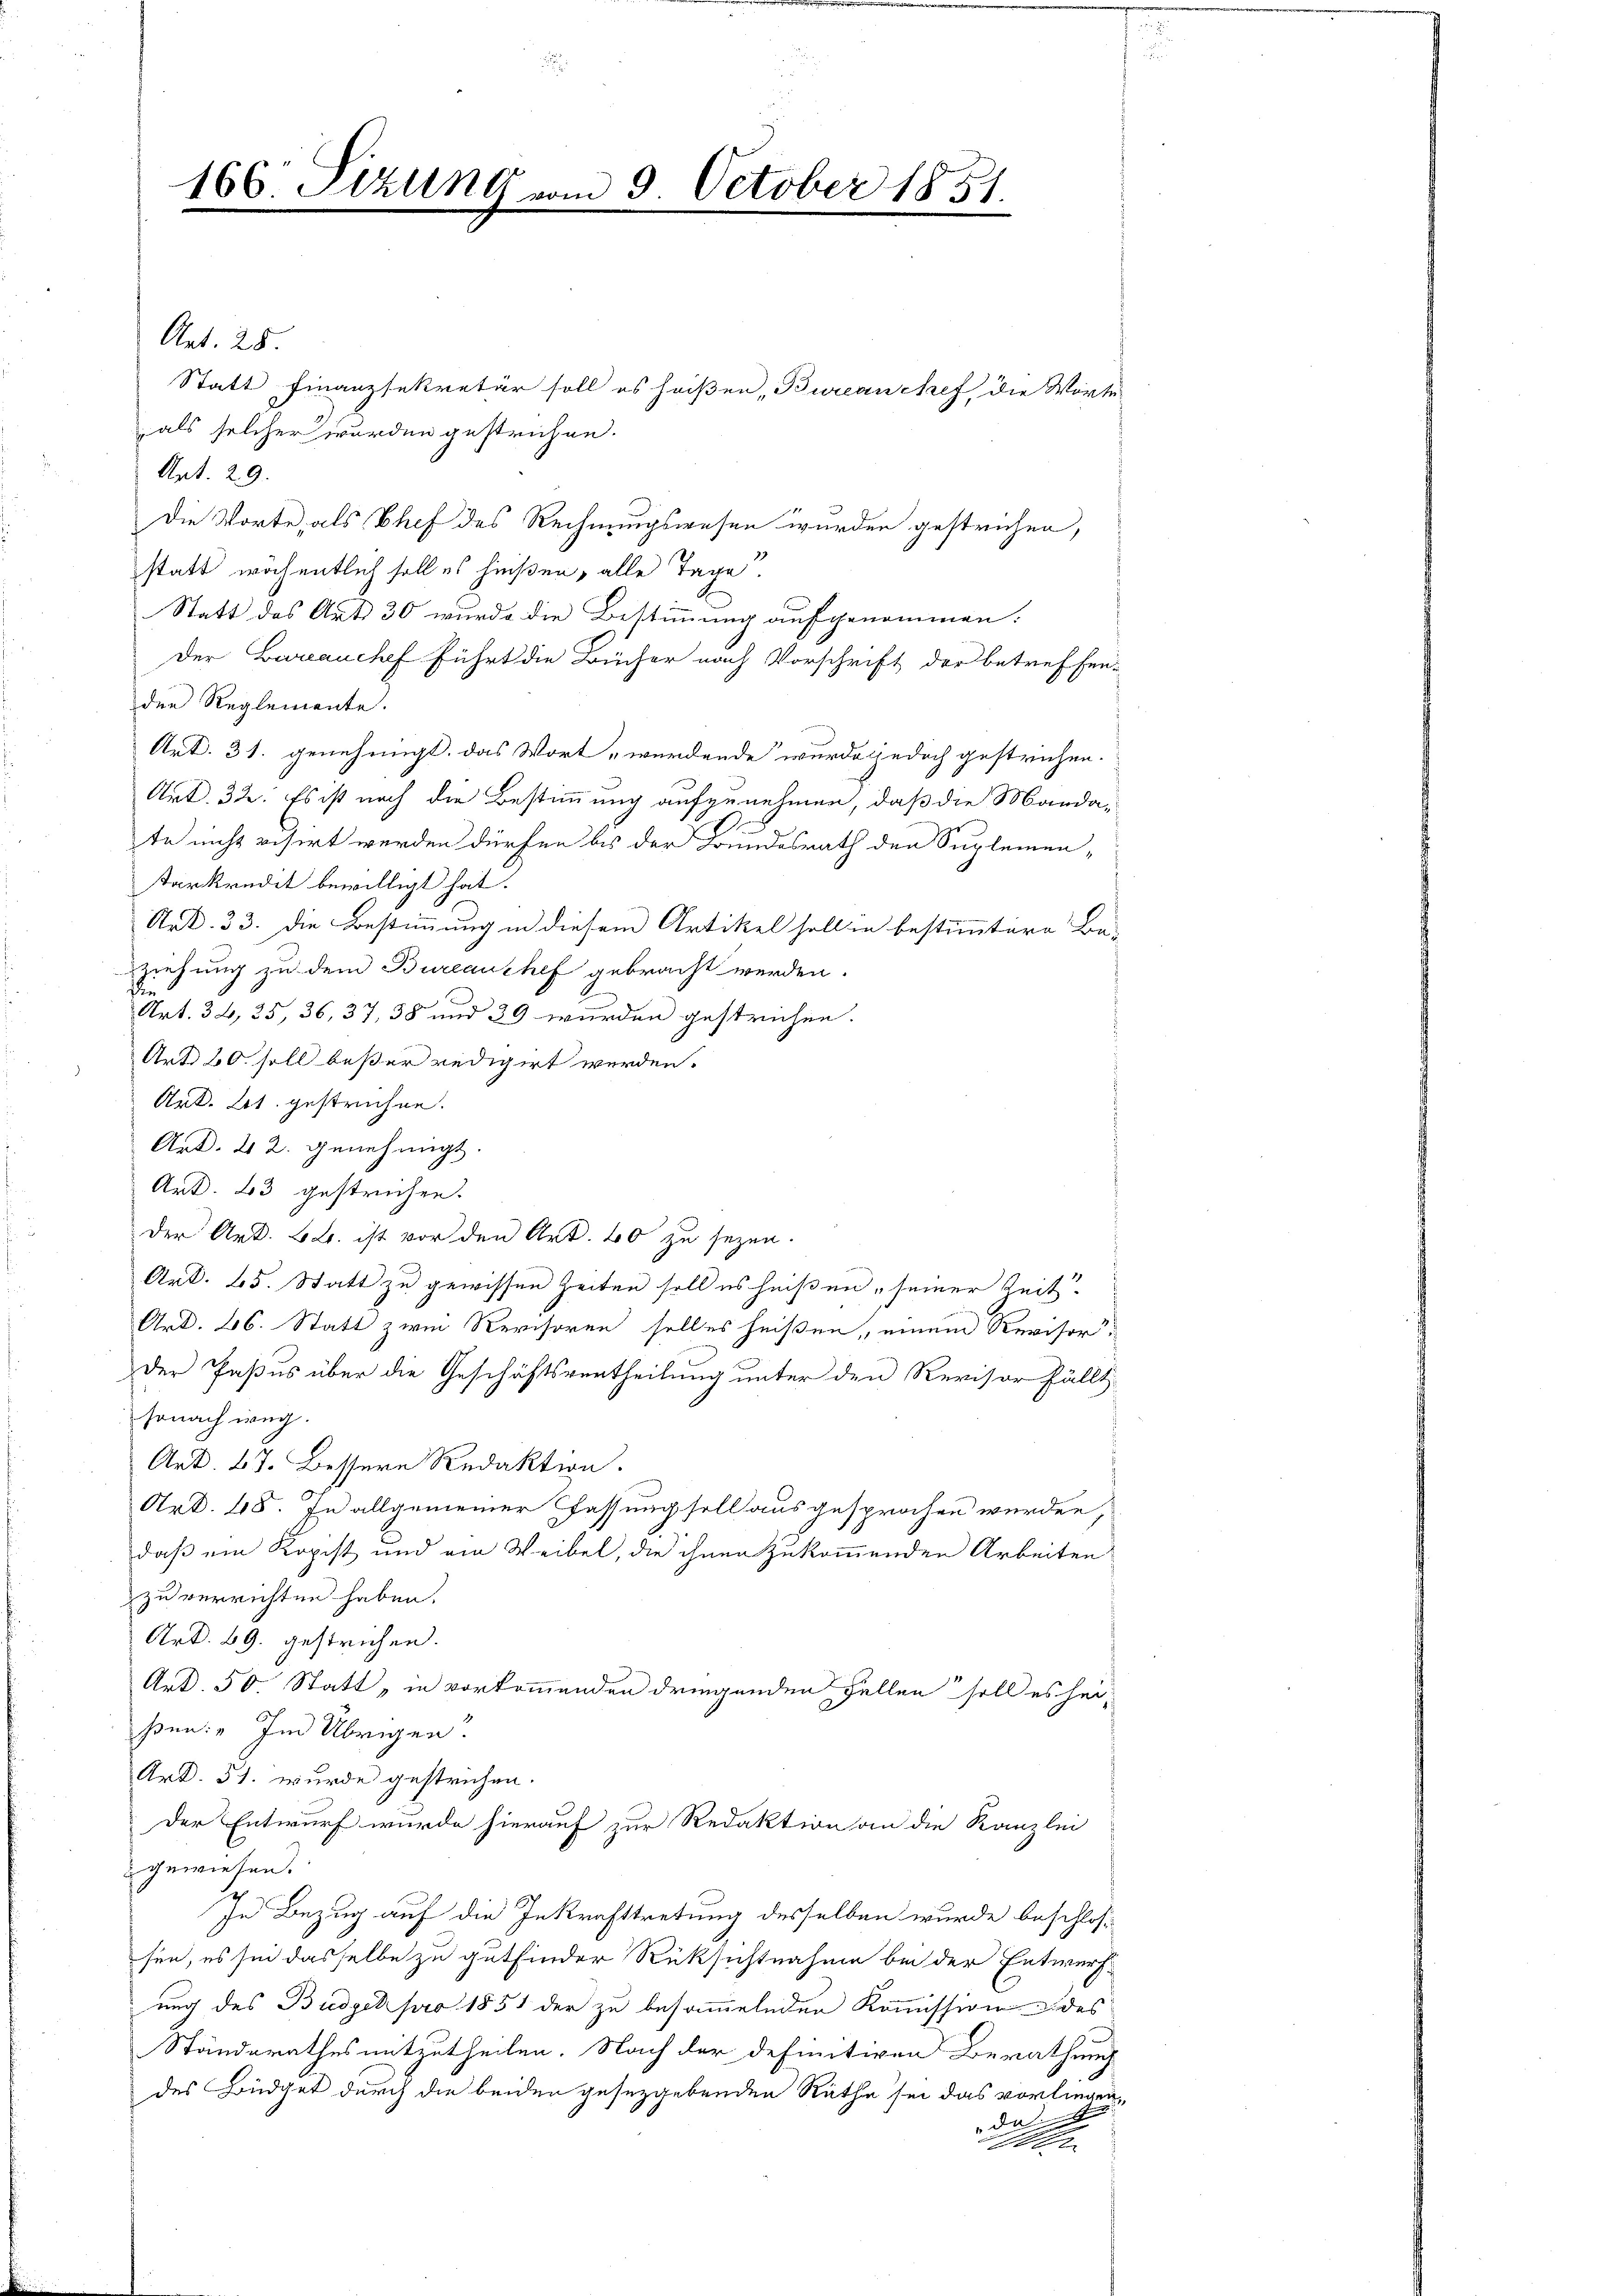
166 Sizung vom 9. October 1851.
e

Art. 28.
Statt Finanzsekretär soll es heißen, Bureau chef die Wörte
als solcher wurden gestrichen.
Art. 29.
Die Worte, als Chef des Rechnungswesen wurden gestrichen,
statt wöchentlich soll es hießen, alle Tage.
Statt des Art. 30 wurde die Bestimmung aufgenommen.
Der Bureauchef führt die Bücher nach Vorschrift der betreffen-
der Reglemente.
Art. 31. genehmigt. Das Wort werdende wurde jedoch gestrichen.
Art. 32. Es ist noch die Bestimmung aufzunehmen, daß die Manda-
te nicht visirt werden dürfen bis der Bundesrath den Suplemen-
tarkredit bewilligt hat.
Art. 33. Die Bestimmung in diesem Artikel soll in bestimmtere Be-
Ziehung zu dem Bureauchef gebracht werden.
die
Art. 34, 35, 36, 37, 38 und 39 wurden gestrichen.
Art 20. soll besser redigirt werden.
Art. Lt. gestrichen.
Art. 42. genehmigt.
Art. 23 gestrichen.
Der Art. B. ist vor den Art. 40 zu sezen.
Art. 65. Statt zu gewissen Zeiten soll es heißen, seiner Zeit.
Art. 26. Statt zwei Revisoren solles heißen, einem Revisor-
der Paßus über die Geschäftsvertheilung unter den Revisor fällt
sonach weg.
Art. 27. Bessere Redaktion.
Art. 48. In allgemeiner Fassung soll ausgesprochen werden,
daß ein Kopist und ein Weibel, die ihnen zukommenden Arbeiten
zu verrichten haben.
Art. 69. gestrichen.
Art. 50. Statt, in vorkommenden dringenden Fellen soll es heißen: „Im Übrigen.
Art. 51. wurde gestrichen.
Der Entwurf wurde hierauf zur Redaktion an die Kanzlei
gewiesen.
In Bezug auf die Inkrafttretung desselben wurde beschlos
sen, es sei dasselbe zu gutfinder Rüksichtnahme bei der Entwurf
ung des Budget pro 1851 der zu besammelnden Kommission des
Ständerathes mitzutheilen. Nach der definitiven Berathung
des Büdget durch die beiden gesetzgebenden Räthe sei das vorliegen,
da
100